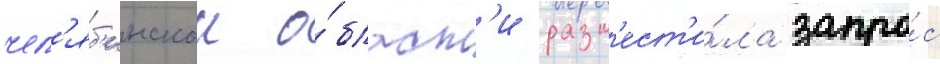
чел'яб'инскои о́бласт'и разм'ест'и́ла запро́с